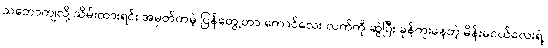
သဘောကျလို့ သိမ်းထားရင်း အမှတ်တမဲ့ ပြန်တွေ့တာ ကောင်လေး လက်ကို ဆွဲပြီး ခုန်ကူးနေတဲ့ မိန်းမငယ်လေးရဲ့